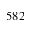
5 8 2